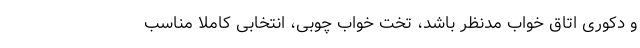
و دکوری اتاق خواب مدنظر باشد، تخت خواب چوبی، انتخابی کاملا مناسب‌